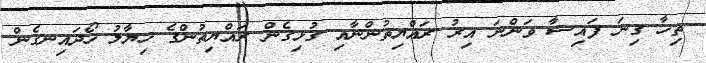
ތިހާ ގިނަ ފައިސާ ވަންނަ އިރު ރައްޔިތުންނާއި ގުޅިގެން ރައްޔިތުންގެ ހިޔާލު ހޯދައިނގެން